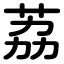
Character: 荔